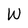
Character: W